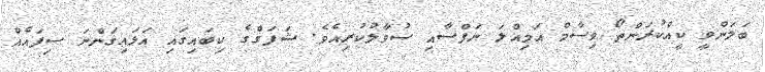
ބަލަންވީ ކީއްކުރަންތޯ ވިސާމް އަމިއްލަ ނަފްސާއި ސުވާލުކުރިއެވެ. ޝަފަޤްގެ ކިބައިގައި އަޅައިގަންނަ ސިފައެއް